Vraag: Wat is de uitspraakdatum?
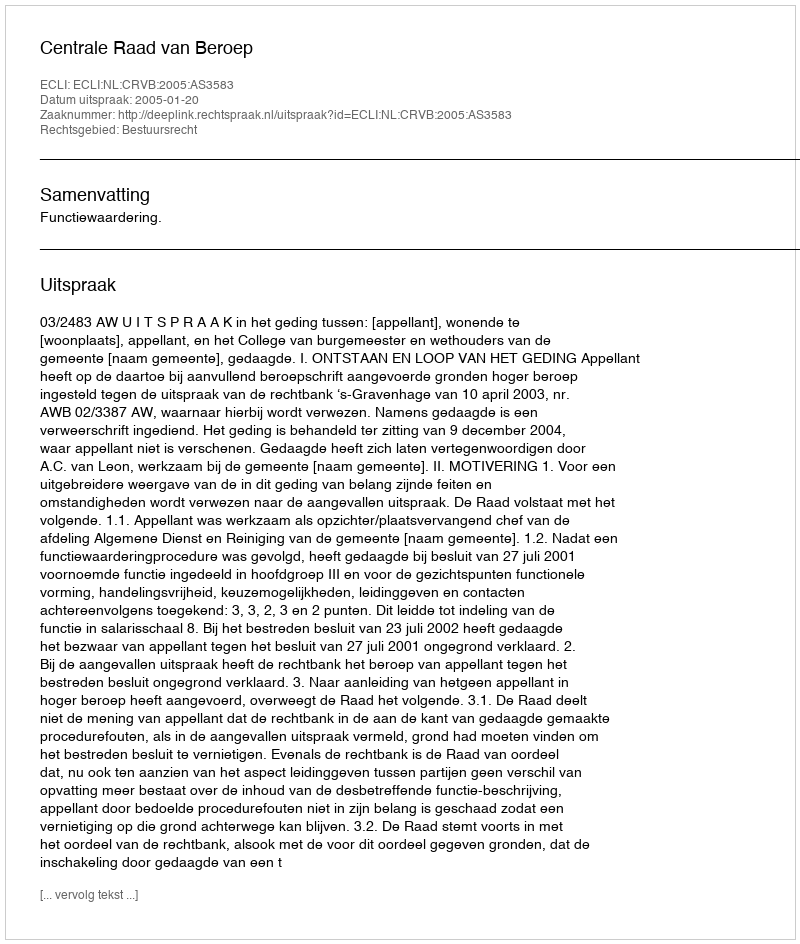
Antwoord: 2005-01-20